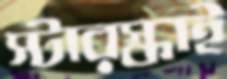
স্টারস্কাই